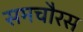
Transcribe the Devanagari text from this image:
समचौरस